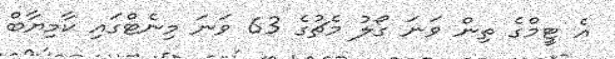
އެ ޓީމްގެ ތިން ވަނަ ގޯލު މެޗުގެ 63 ވަނަ މިނެޓްގައި ކާމިޔާބް